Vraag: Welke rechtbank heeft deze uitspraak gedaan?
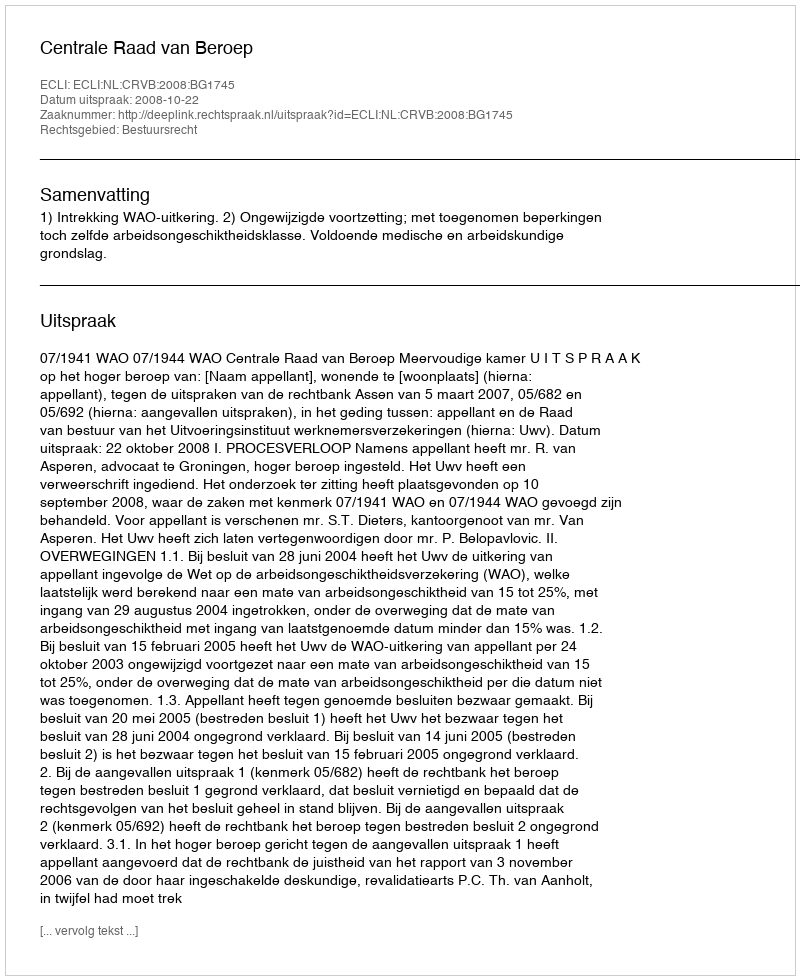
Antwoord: Centrale Raad van Beroep